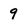
Character: 9